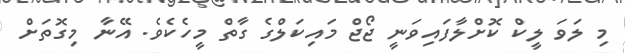
މި ލަވަ ލީކް ކޮށްލާފައިވަނީ ޖޯޖް މައިކަލްގެ ގާތް މީހެކެވެ. އޭނާ މިގޮތަށް